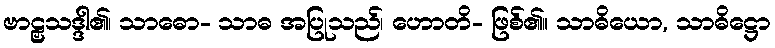
ဗာဠှသဒ္ဒါ၏၊ သာဓော- သာဓ အပြုသည်၊ ဟောတိ- ဖြစ်၏။ သာဓိယော, သာဓိဋ္ဌော